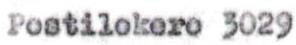
Postilokero 3029